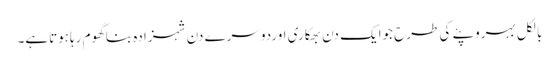
بالکل بہروپئے کی طرح جوایک دن بھکاری اوردوسرے دن شہزادہ بناگھوم رہاہوتاہے۔